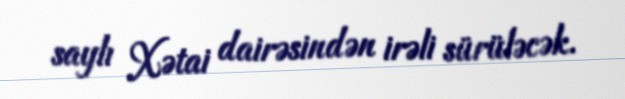
saylı Xətai dairəsindən irəli sürüləcək.